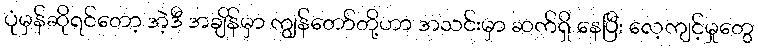
ပုံမှန်ဆိုရင်တော့ အဲ့ဒီ အချိန်မှာ ကျွန်တော်တို့ဟာ အသင်းမှာ ဆက်ရှိ နေပြီး လေ့ကျင့်မှုတွေ